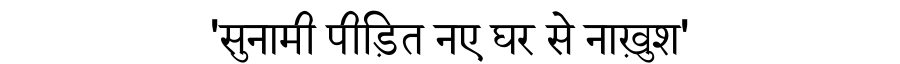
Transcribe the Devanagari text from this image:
'सुनामी पीड़ित नए घर से नाख़ुश'